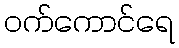
ဝက်ကောင်ရေ